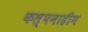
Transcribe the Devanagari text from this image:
कल्पनाहीन